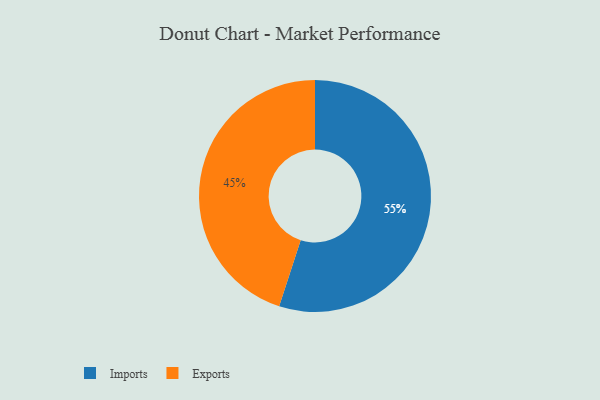
{"axis": {"x": "Category", "y": "Percentage"}, "legend": ["Exports", "Imports"], "data": [{"x": "Imports", "y": 55, "type": "Imports"}, {"x": "Exports", "y": 45, "type": "Exports"}]}